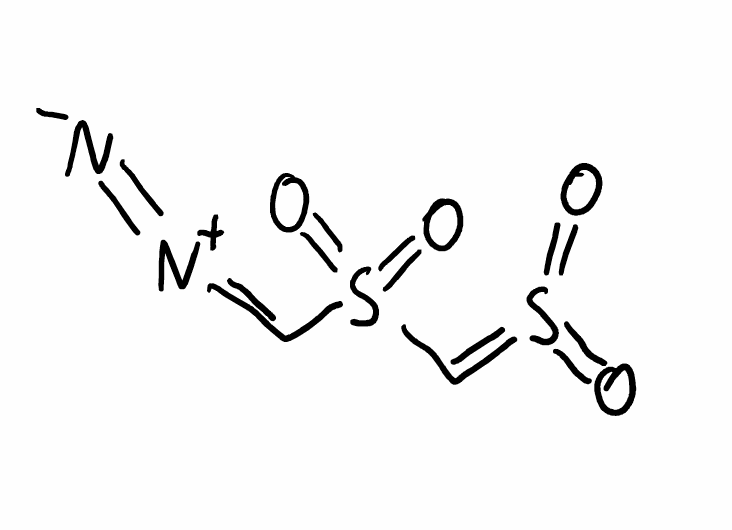
Simplified molecular-input line-entry system (SMILES) notation of the given molecule:
C(=[N+]=[N-])S(=O)(=O)C=S(=O)=O